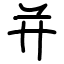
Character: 并